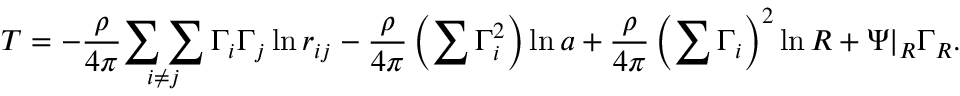
T = - \frac { \rho } { 4 \pi } \underset { i \neq j } { \sum \sum } \, \Gamma _ { i } \Gamma _ { j } \ln r _ { i j } - \frac { \rho } { 4 \pi } \left( \sum \Gamma _ { i } ^ { 2 } \right) \ln a + \frac { \rho } { 4 \pi } \left( \sum \Gamma _ { i } \right) ^ { 2 } \ln R + \Psi | _ { R } \Gamma _ { R } .